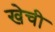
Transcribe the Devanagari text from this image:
खेची